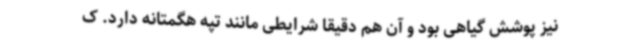
نیز پوشش گیاهی بود و آن هم دقیقا شرایطی مانند تپه هگمتانه دارد. ک